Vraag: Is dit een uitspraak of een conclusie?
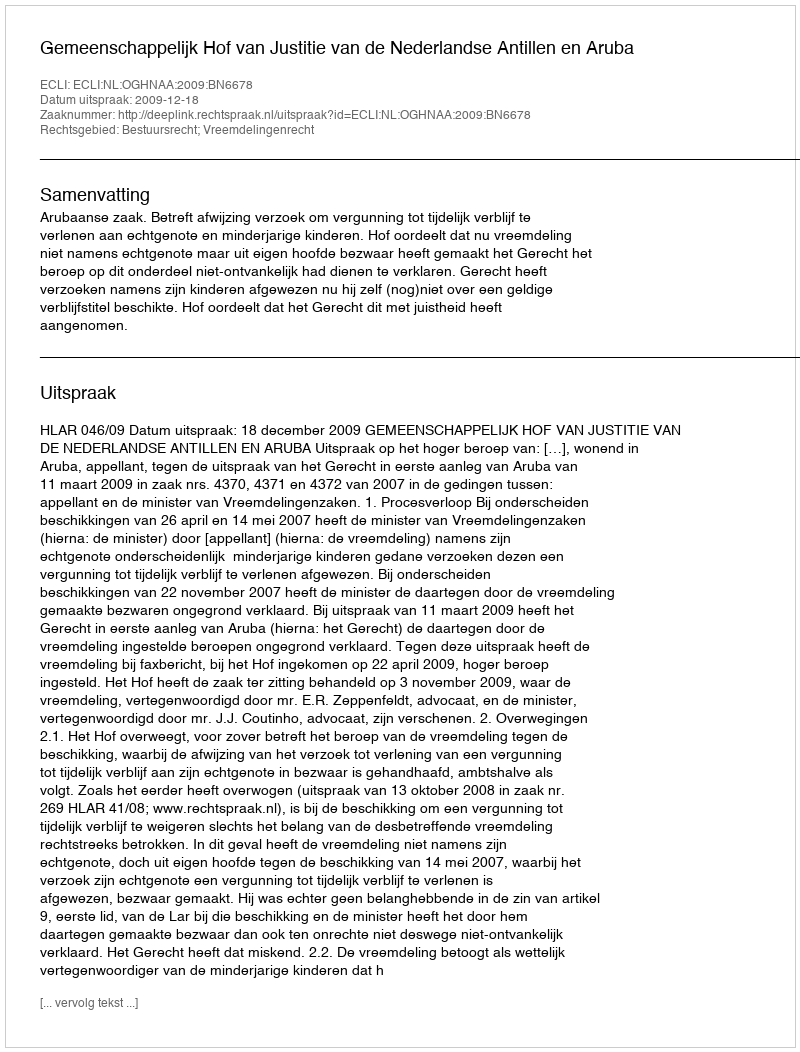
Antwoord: Uitspraak